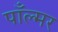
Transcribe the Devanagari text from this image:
पाँल्मर